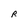
Character: R